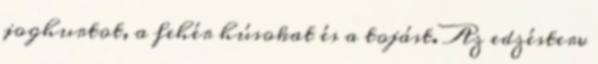
joghurtot, a fehér húsokat és a tojást. Az edzésterv